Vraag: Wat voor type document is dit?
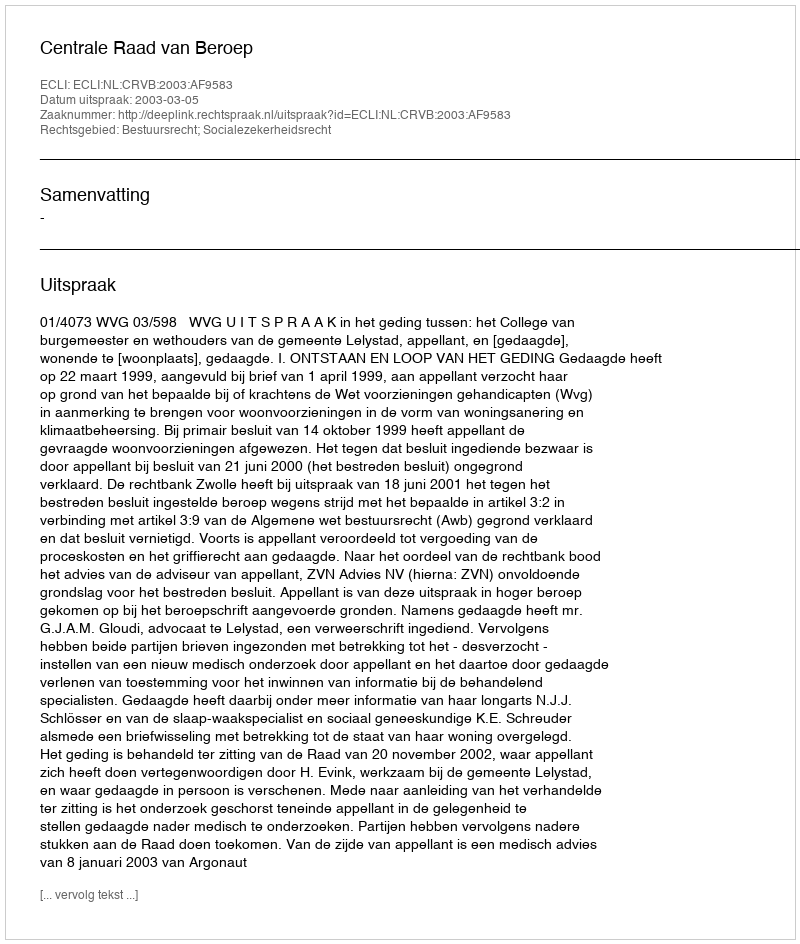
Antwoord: Uitspraak